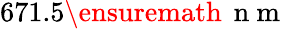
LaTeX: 671.5\ensuremath{\, \mathrm{~n~m~}}